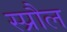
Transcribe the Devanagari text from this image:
स्प्रौल